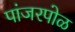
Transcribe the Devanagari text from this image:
पांजरपोळ